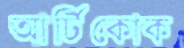
আর্টিকোক